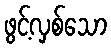
ဖွင့်လှစ်သော